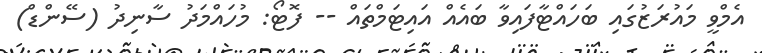
އެމްވީ މައުރަޒުގައި ބަހައްޓާފައިވާ ބައެއް އައިޓަމްތައް -- ފޮޓޯ: މުހައްމަދު ސާނިދު (ސޭންޑް)